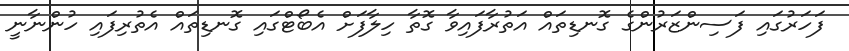
ފަހަރުގައި ފަސިންޒަރުންގެ ގޮނޑިތައް އަތުރާފައިވާ ގޮތާ ހިލާފަށް އެބޯޓްގައި ގޮނޑިތައް އެތުރިފައި ހުންނާނީ